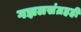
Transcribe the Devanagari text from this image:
गझलसंग्रहही